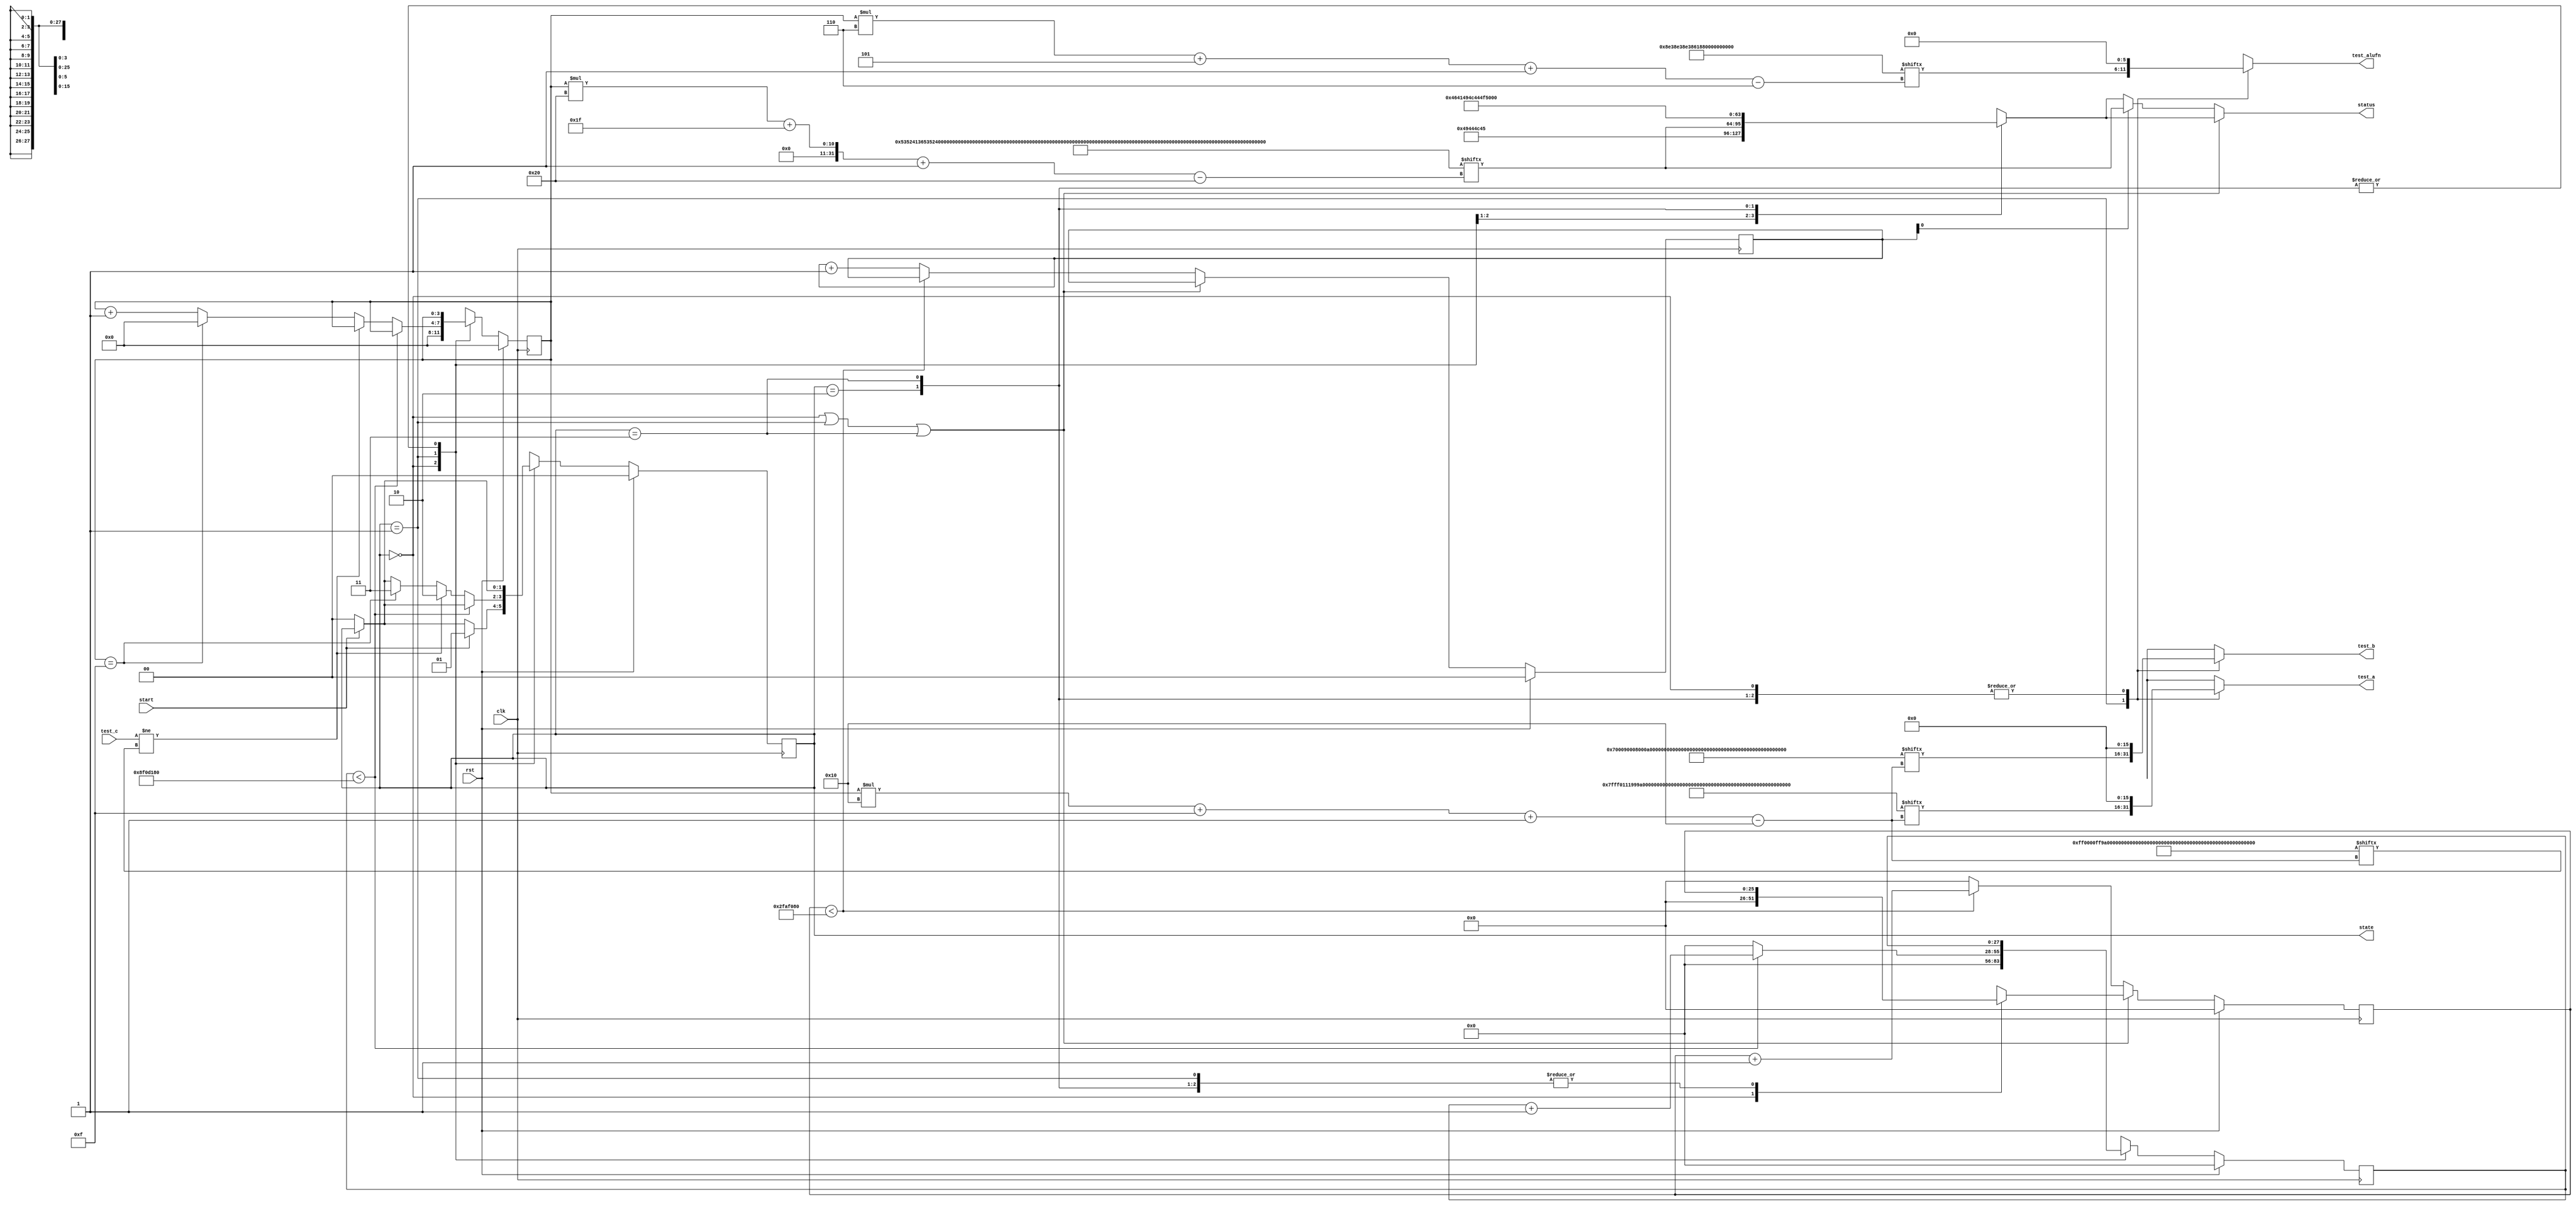
module basic_tester_17 (
    input clk,
    input rst,
    input start,
    input [15:0] test_c,
    output reg [15:0] test_a,
    output reg [15:0] test_b,
    output reg [5:0] test_alufn,
    output reg [1:0] state,
    output reg [31:0] status
  );
  
  localparam NUM_TEST_CASES = 5'h10;
  localparam TEST_NAME = 512'h535241365352413553524134535241335352413253524131534852355348523453485233534852325348523153484c3553484c3453484c3353484c3253484c31;
  localparam TEST_A = 256'h7fff01119999ffff4000800001119999ffff8000800088809999ffff00010001;
  localparam TEST_B = 256'h000700090008000a000e000100090008000a000f000100090008000a000f0001;
  localparam TEST_ALUFN = 96'h8e38e38e3861861860820820;
  localparam TEST_C = 256'h00ff0000ff99ffff0001c00000000099003f0001400000009900fc0080000002;
  localparam BYPASS_FAIL = 1'h0;
  localparam NUM_TEST_SECS = 2'h3;
  localparam NUM_FAIL_SECS = 1'h1;
  localparam NUM_FAIL_BLINKS = 2'h2;
  
  
  localparam NUM_TEST_TIMER_CYCLES = 28'h8f0d180;
  
  localparam NUM_FAIL_TIMER_CYCLES = 26'h2faf080;
  
  reg [31:0] next_status;
  
  reg [27:0] M_display_test_timer_d, M_display_test_timer_q = 1'h0;
  reg [25:0] M_display_fail_timer_d, M_display_fail_timer_q = 1'h0;
  reg [1:0] M_fail_blink_ctr_d, M_fail_blink_ctr_q = 1'h0;
  reg [3:0] M_tester_ctr_d, M_tester_ctr_q = 1'h0;
  localparam IDLE_tester_state = 2'd0;
  localparam TEST_tester_state = 2'd1;
  localparam FAIL_tester_state = 2'd2;
  localparam DONE_tester_state = 2'd3;
  
  reg [1:0] M_tester_state_d, M_tester_state_q = IDLE_tester_state;
  
  always @* begin
    M_tester_state_d = M_tester_state_q;
    M_display_fail_timer_d = M_display_fail_timer_q;
    M_display_test_timer_d = M_display_test_timer_q;
    M_fail_blink_ctr_d = M_fail_blink_ctr_q;
    M_tester_ctr_d = M_tester_ctr_q;
    
    status = 32'h00000000;
    test_a = 1'h0;
    test_b = 1'h0;
    test_alufn = 1'h0;
    if (!start) begin
      M_tester_state_d = IDLE_tester_state;
    end
    state = M_tester_state_q;
    next_status = 32'h4e554c4c;
    
    case (M_tester_state_q)
      IDLE_tester_state: begin
        M_display_test_timer_d = 1'h0;
        M_display_fail_timer_d = 1'h0;
        M_tester_ctr_d = 1'h0;
        next_status = 32'h49444c45;
        if (start) begin
          M_tester_state_d = TEST_tester_state;
        end
      end
      TEST_tester_state: begin
        next_status = TEST_NAME[(M_tester_ctr_q)*32+31-:32];
        test_a = TEST_A[(M_tester_ctr_q)*16+15-:16];
        test_b = TEST_B[(M_tester_ctr_q)*16+15-:16];
        test_alufn = TEST_ALUFN[(M_tester_ctr_q)*6+5-:6];
        if (M_display_test_timer_q < 28'h8f0d180) begin
          M_display_test_timer_d = M_display_test_timer_q + 1'h1;
        end else begin
          M_display_test_timer_d = 1'h0;
          if (test_c != TEST_C[(M_tester_ctr_q)*16+15-:16]) begin
            M_tester_state_d = FAIL_tester_state;
          end else begin
            if (M_tester_ctr_q == 6'h0f) begin
              M_tester_state_d = DONE_tester_state;
              M_tester_ctr_d = 1'h0;
            end else begin
              M_tester_ctr_d = M_tester_ctr_q + 1'h1;
            end
          end
        end
      end
      FAIL_tester_state: begin
        next_status = 32'h4641494c;
      end
      DONE_tester_state: begin
        next_status = 32'h444f4e45;
      end
    endcase
    if (M_tester_state_q == IDLE_tester_state | M_tester_state_q == TEST_tester_state | M_tester_state_q == DONE_tester_state) begin
      status = next_status;
    end else begin
      if (~M_fail_blink_ctr_q[0+0-:1]) begin
        status = next_status;
      end else begin
        status = TEST_NAME[(M_tester_ctr_q)*32+31-:32];
      end
      if (M_display_fail_timer_q < 26'h2faf080) begin
        M_display_fail_timer_d = M_display_fail_timer_q + 1'h1;
      end else begin
        M_display_fail_timer_d = 1'h0;
        if (1'h1) begin
          M_fail_blink_ctr_d = M_fail_blink_ctr_q + 1'h1;
        end else begin
          if (M_fail_blink_ctr_q < 5'h03) begin
            M_fail_blink_ctr_d = M_fail_blink_ctr_q + 1'h1;
          end else begin
            M_fail_blink_ctr_d = 1'h0;
            if (M_tester_ctr_q < 6'h0f) begin
              M_tester_state_d = TEST_tester_state;
              M_tester_ctr_d = M_tester_ctr_q + 1'h1;
            end else begin
              M_tester_state_d = DONE_tester_state;
              M_tester_ctr_d = 1'h0;
            end
          end
        end
      end
    end
  end
  
  always @(posedge clk) begin
    if (rst == 1'b1) begin
      M_display_test_timer_q <= 1'h0;
      M_display_fail_timer_q <= 1'h0;
      M_fail_blink_ctr_q <= 1'h0;
      M_tester_ctr_q <= 1'h0;
      M_tester_state_q <= 1'h0;
    end else begin
      M_display_test_timer_q <= M_display_test_timer_d;
      M_display_fail_timer_q <= M_display_fail_timer_d;
      M_fail_blink_ctr_q <= M_fail_blink_ctr_d;
      M_tester_ctr_q <= M_tester_ctr_d;
      M_tester_state_q <= M_tester_state_d;
    end
  end
  
endmodule